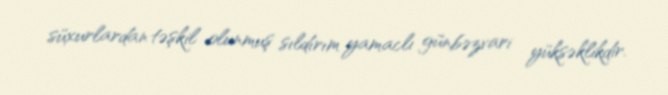
süxurlardan təşkil olunmuş sıldırım yamaclı günbəzvari yüksəklikdir.